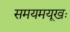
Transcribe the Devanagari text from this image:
समयमयूखः